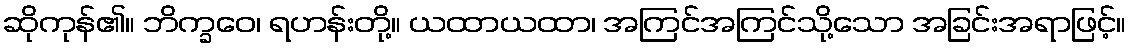
ဆိုကုန်၏။ ဘိက္ခဝေ၊ ရဟန်းတို့။ ယထာယထာ၊ အကြင်အကြင်သို့သော အခြင်းအရာဖြင့်။